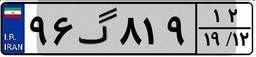
۹۶گ۸۱۹۱۲